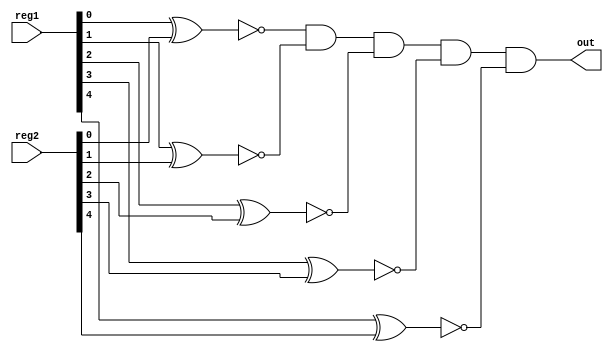
module regEqual(reg1, reg2, out);
	input[4:0] reg1, reg2;
	
	output out;
	
	wire[4:0] w;
//	genvar i;
//	generate
//		for (i = 0; i<5; i=i+1) begin: loop1
//			xnor myxnor(w[i], reg1[i], reg2[i]);
//		end
//	endgenerate
	xnor myxnor0(w[0], reg1[0], reg2[0]);
	xnor myxnor1(w[1], reg1[1], reg2[1]);
	xnor myxnor2(w[2], reg1[2], reg2[2]);
	xnor myxnor3(w[3], reg1[3], reg2[3]);
	xnor myxnor4(w[4], reg1[4], reg2[4]);
	
	and myand(out, w[0], w[1], w[2], w[3], w[4]);

endmodule